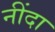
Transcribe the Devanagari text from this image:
नींदा